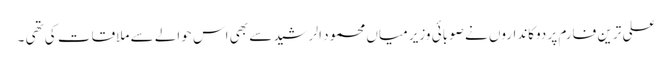
علی ترین فارم پر دوکانداروں نے صوبائی وزیر میاں محمود الرشید سے بھی اس حوالے سے ملاقات کی تھی ۔